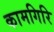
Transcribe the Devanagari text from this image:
कामगिरि